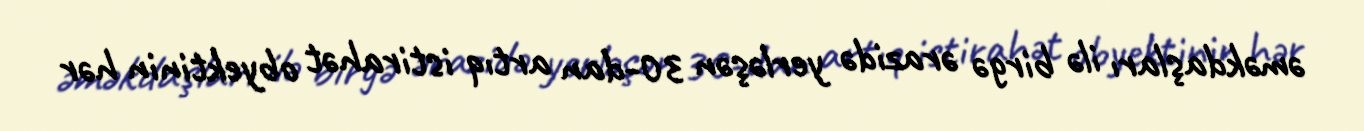
əməkdaşları ilə birgə ərazidə yerləşən 30-dan artıq istirahət obyektinin hər